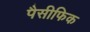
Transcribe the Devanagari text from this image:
पैसीफिक